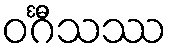
ဝင်္ဂီသဿ